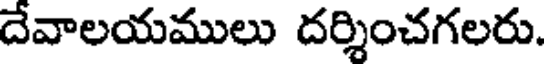
దేవాలయములు దర్శించగలరు.